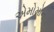
એમોમોન